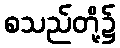
စသည်တို့၌